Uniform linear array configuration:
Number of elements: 48
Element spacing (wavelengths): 0.75
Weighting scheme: exponential
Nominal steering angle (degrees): -15
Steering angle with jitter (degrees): -15.427
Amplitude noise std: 0.05
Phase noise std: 0.05

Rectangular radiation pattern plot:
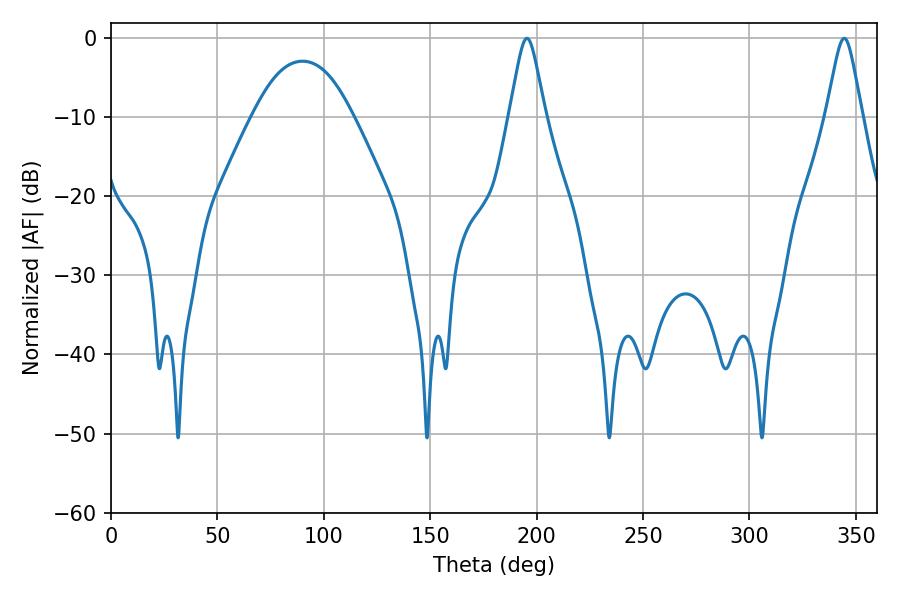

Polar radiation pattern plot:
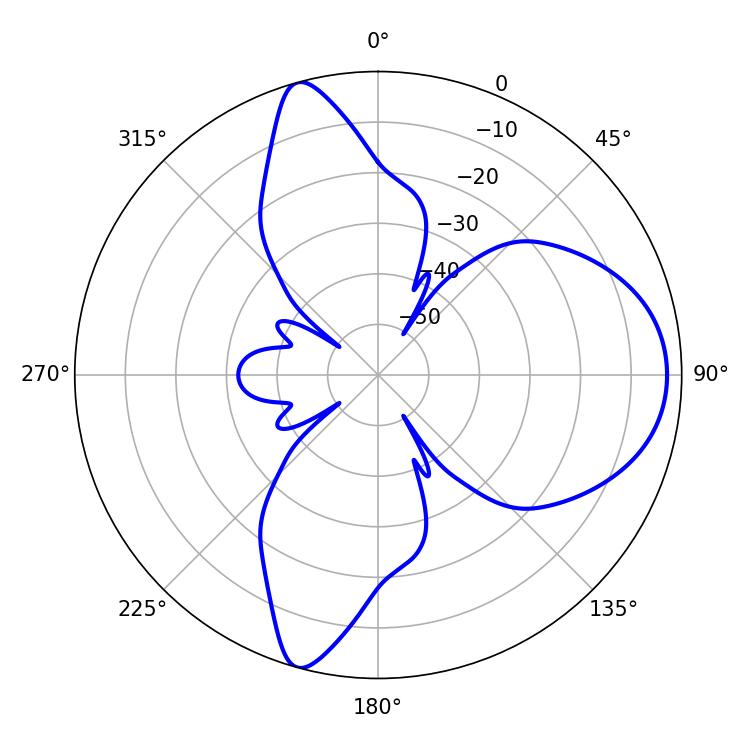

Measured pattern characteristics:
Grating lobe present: TRUE
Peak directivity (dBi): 9.87
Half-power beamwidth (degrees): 7.92
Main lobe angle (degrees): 195.48